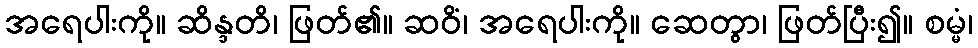
အရေပါးကို။ ဆိန္ဒတိ၊ ဖြတ်၏။ ဆဝိံ၊ အရေပါးကို။ ဆေတွာ၊ ဖြတ်ပြီး၍။ စမ္မံ၊